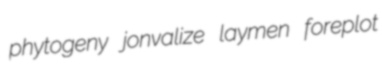
phytogeny jonvalize laymen foreplot